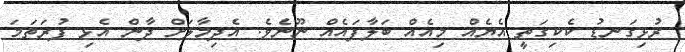
ރުޅިގަނޑު ކެކިގަތީ އެޔެއް މިއެއް ބަލާފައެއް ނޫނެވެ. އެދިމާލަށް ދާން އެޅި ފުރަތަމަ